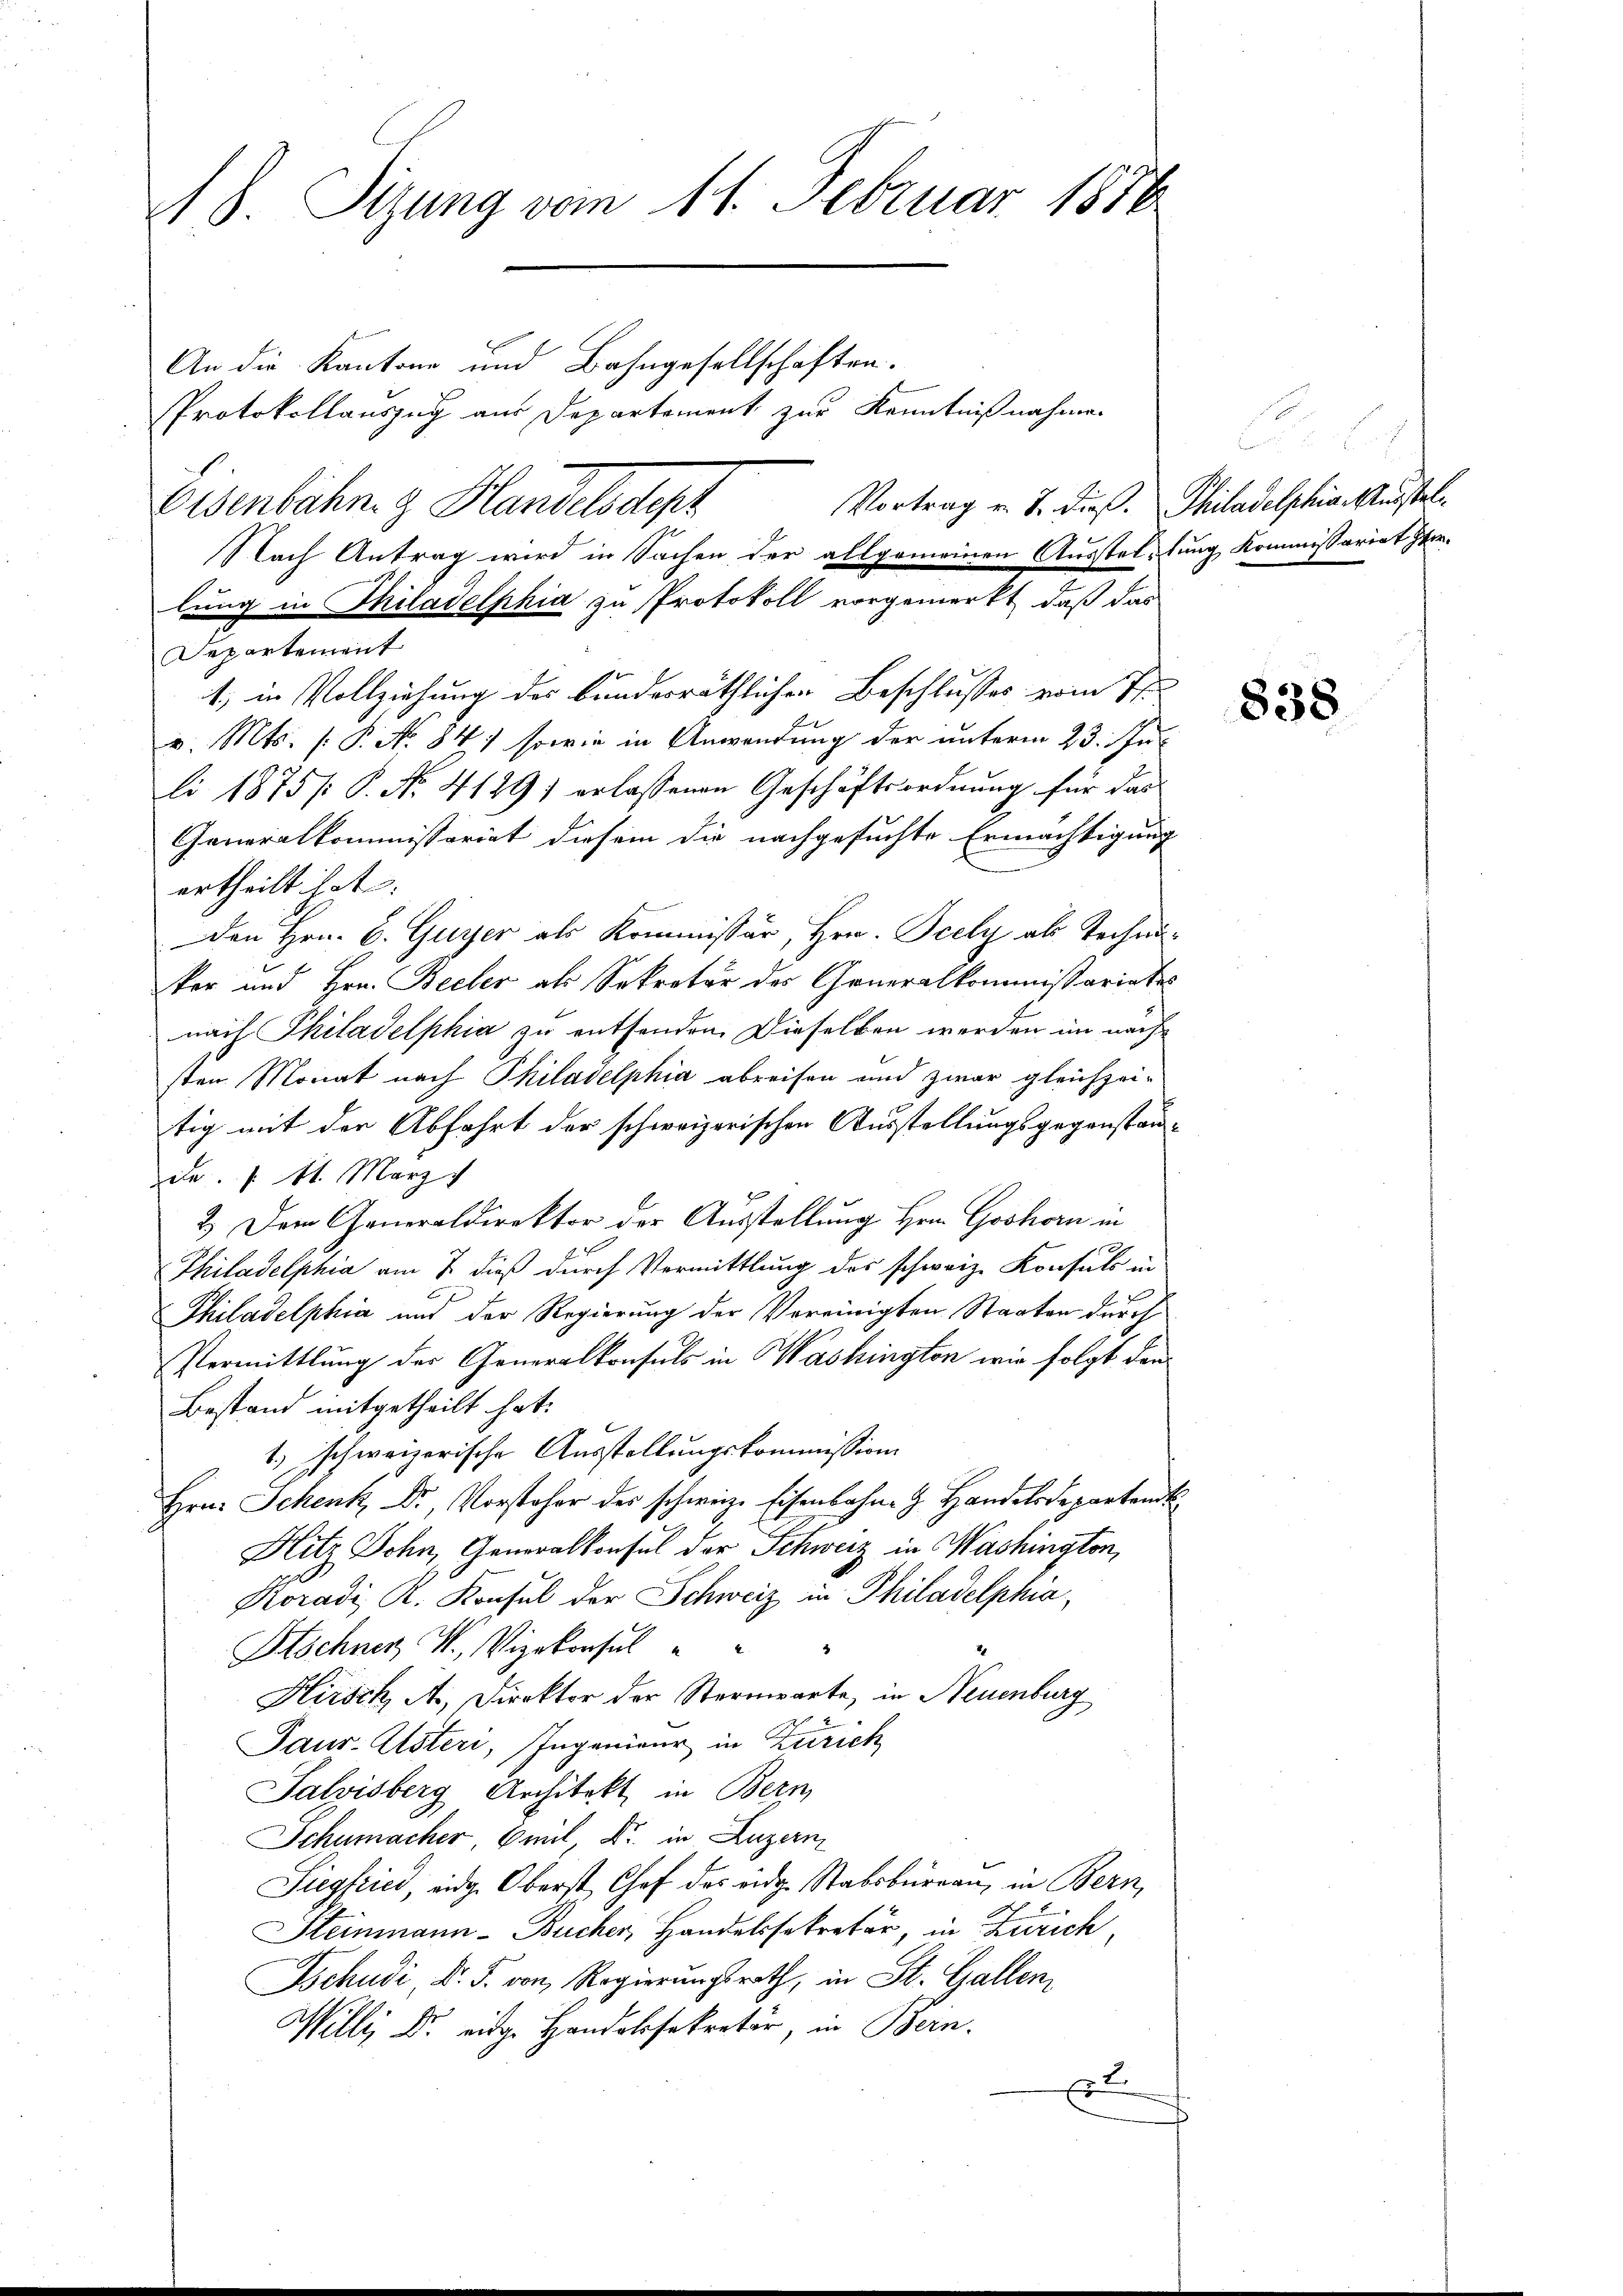
18. Sizung vom 11. Februar 1856
An die Kantone und Bahngesellschaften.
Protokollauszug aus Departement zur Kenntnißnahmen
Vortrag v. J. dieß. Philadelphiae Ausstel¬
Eisenbahn & Handelsdepr
Nach Antrag wird in Sachen der allgemeinen Ausstellung Kommissariat verlung in Thiladelphia zu Protokoll vorgemerkt, daß das

Departement
v. Mts. [P No 84) sowie in Anwendung der unterm 23. Jul
li 1875 /: P. No. 4129) erlassenen Geschäftsordnung für das
Generalkommissariat diesem die nachgesuchte Ermächtigung
ertheilt hat.
Den Hrn. B. Guyer als Kommissär, Hrn. Pcely als Techniker und Hrn. Becher als Sekretär des Generalkommissariates
nach Philadelphia zu entsenden. Dieselben werden im nächsten Monat nach Philadelphia abreisen und zwar gleichzeitig mit der Abfahrt der schweizerischen Ausstellungsgegenstanda. f. St. Merz
2.) Dem Generaldirektor der Ausstellung Hrn. Goshorn in
Philadelphia am 7. dieß durch Vermittlung des schweiz. Konsuls in
Philadelphia und der Regierung der Vereinigten Staaten durch
Vermittlung der Generalkonsuls in Washington wie folgt den
Bestand mitgetheilt hat.
1) schweizerische Ausstellungskommission
Hrn. Schenk, Dr Vorsteher der schweiz. Eisenbahne G. Handelsdepartant
Hitz Sohn, Generalkonsul der Schweiz in Washington,
Koradi A. Konsul der Schweiz in Philadelphia
Stschner W., Vizekonsul " "
Hirsch, A. Direktor der Sternwarte, in Neuenburg
Jaur. Alsteri, Ingenieur in Zürich
Salvisberg Architekt in Bern
Schumacher, 6 mit, Dr. in Luzern
Siegfried, eidg. Oberst Chef des eidg. Stabsburgau, in Bern,
Steinmann - Bucher, Handelssekretär, in Zürich,
schudi, d. J. von Regierungsrath, in St. Gallen,
Willi Dr. eige Handelsekretär, in Bern.
r

1, in Vollziehung des bundesräthlichen Beschlusses vom Th

838